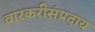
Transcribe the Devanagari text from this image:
वारकरीसंप्रदाय